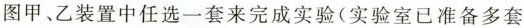
图甲、乙装置中任选一套来完成实验（实验室已准备多套